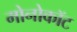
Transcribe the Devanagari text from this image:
मोनोकॉट